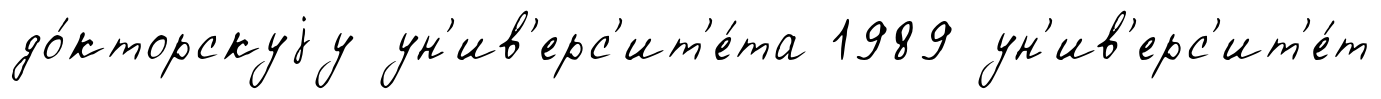
до́кторскуjу ун'ив'ерс'ит'е́та 1989 ун'ив'ерс'ит'е́т